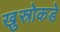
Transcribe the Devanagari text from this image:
खुस्रोकडे